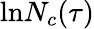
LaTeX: \mathrm{ln}N_{c}(\tau)